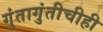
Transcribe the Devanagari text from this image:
गुंतागुंतीचीही